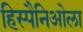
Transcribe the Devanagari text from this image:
हिस्पैनिओला